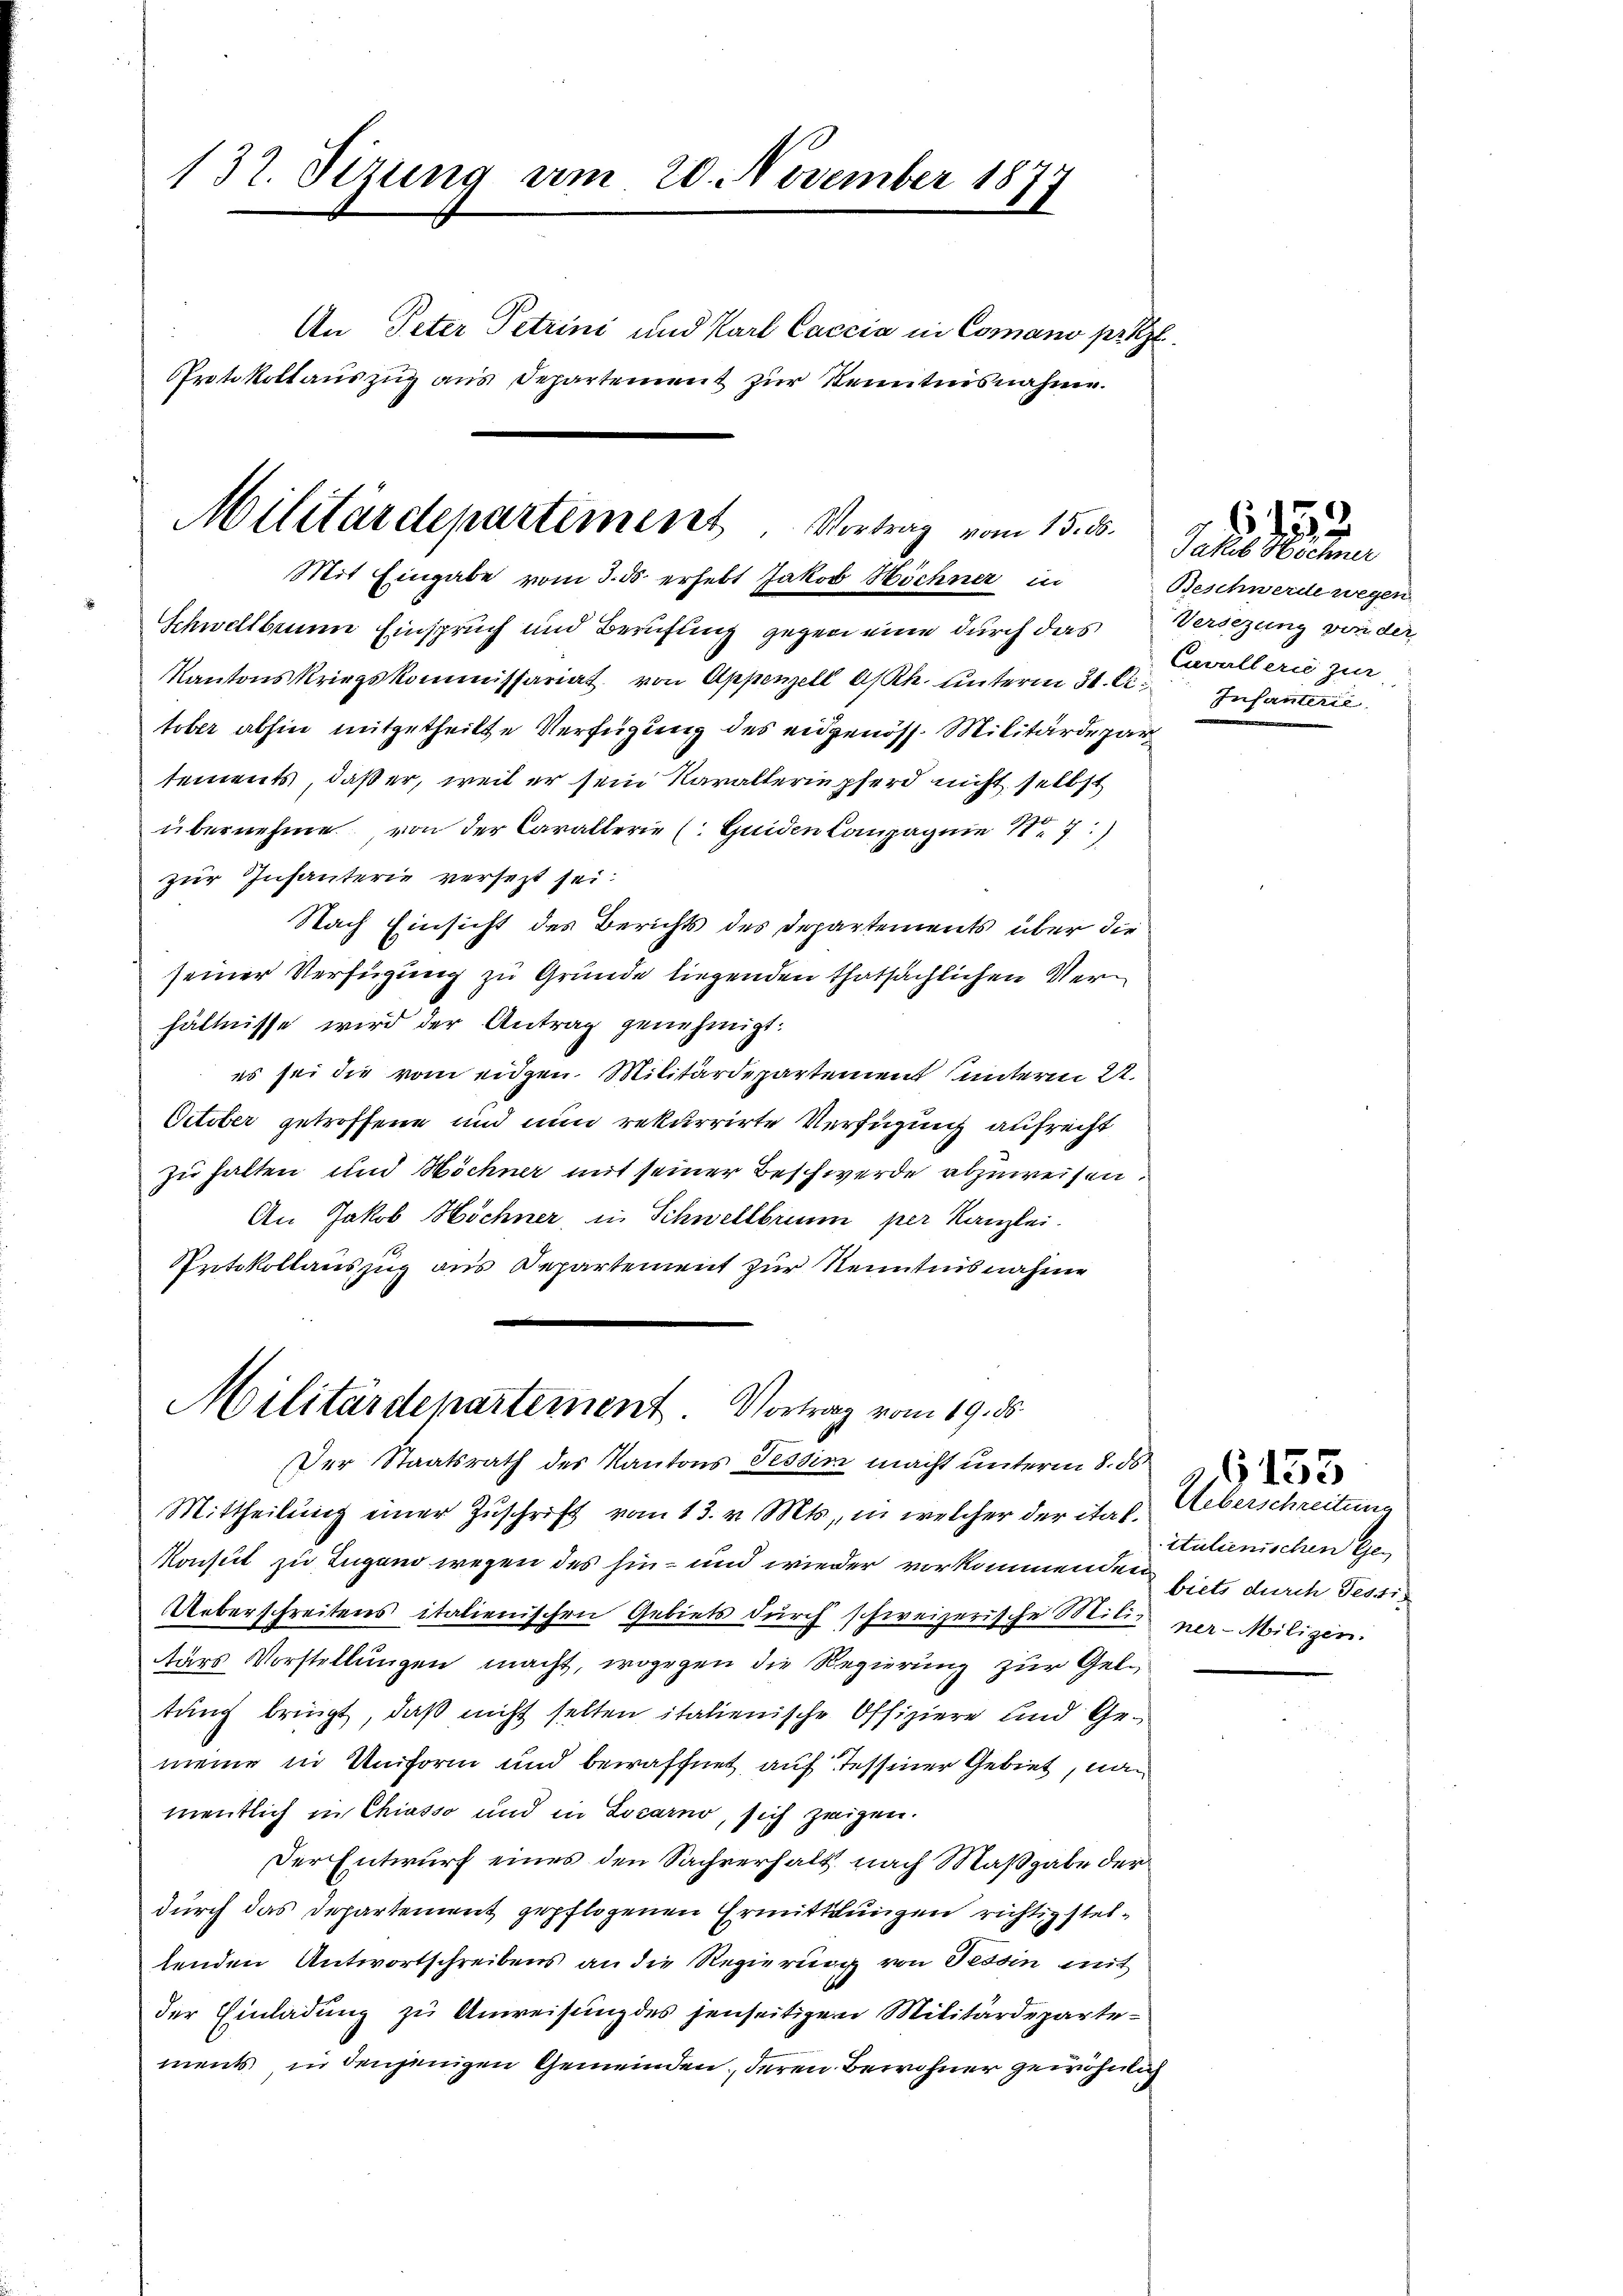
132. Sizung am 20. November 187
An Peter Petrini und Karl Caccia in Comano prez
Protokollauszug aus Departement zur Kenntnisnahme.
Militärdepartement. Vortrag vom 15. ds.

Mit Eingabe vom 3. ds. erhebt Jakob Höchner in
Schwellbrunn Einspruch und Berufung gegen eine durch das

Kantonskriegskommissariat von Appenzell A/Rh. unterm 31. A. Infanterie
tober abhin mitgetheilte Verfügung des eidgenöss. Militärdepar
tements, daß er, weil er sein Karalteriepferd nicht selbst
übernehme von der Carallerie (Guiden Compagnie 187
zur Infanterie versetzt sei
Nach Einsicht des Berichts des Departements über die
seiner Verfügung zu Grunde liegenden thatsächlichen Verhältnisse wird der Antrag genehmigt.
es sei die vom eiden Militärdepartement unterm 22.
October getroffene und nun rekurrirte Verfügung aufrecht
zu halten und Wöchner mit seiner Beschwerde abzuweisen.
An Jakob Höchner, in Schwellbrunn per Kanzlei.
Protokollauszug aus Departement zur Kenntnisnahme

Militärdepartement Vortrag vom 19. ds.
Der Staatsrath des Kantons Tessin macht unterm 8. ds

Mittheilung einer Zuschrift vom 13. v. Mts., in welcher der ital¬
Konsul zu Zugano wegen des hin- und wieder vorkommenden biet durch Tessi
Ueberschreitens italienischen Gebiets durch schweizerische Milis ner-Milizei.
tärs Vorstellungen macht, wogegen die Regierung zur Geltung bringt, daß nicht selten italienische Offiziere und Gemeine in Uniform und bewaffnet, auf Tessiner Gebiet, nac
mentlich in Chiasso und in Locarno, sich zeigen.
Der Entwurf eines den Sachverhalt, nach Maßgabe der
durch das Departement gepflogenen Ermittlungen richtigsteltenden Antwortschreibens an die Regierung von Tessin mit
der Einladung zu Anweisung des jenseitigen Militärdepartements in denjenigen Gemeinden, deren Bewohner gewöhnlich

Jakob Höchner
Beschwerde wegen
Versezung von der
Cavallerie zur

152

Ueberschreitung
itulienischen Ge¬